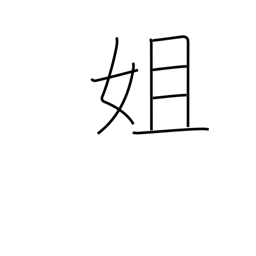
Meaning: elder sister